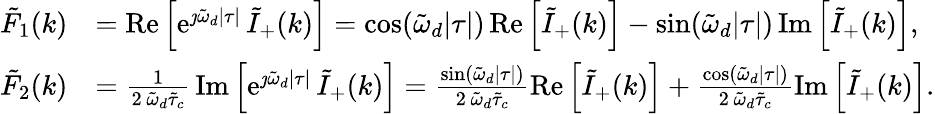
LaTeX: \begin{array}{rl}{\tilde{F}_{1}(k)}&{=\mathrm{Re}\left[\mathrm{e}^{\jmath\tilde{\omega}_{d}\lvert\tau\rvert}\, \tilde{I}_{+}(k)\right]=\cos(\tilde{\omega}_{d}\lvert\tau\rvert)\, \mathrm{Re}\left[\tilde{I}_{+}(k)\right]-\sin(\tilde{\omega}_{d}\lvert\tau\rvert)\, \mathrm{Im}\left[\tilde{I}_{+}(k)\right],}\\ {\tilde{F}_{2}(k)}&{=\frac{1}{2\, \tilde{\omega}_{d}\tilde{\tau}_{c}}\, \mathrm{Im}\left[\mathrm{e}^{\jmath\tilde{\omega}_{d}\lvert\tau\rvert}\, \tilde{I}_{+}(k)\right]=\frac{\sin(\tilde{\omega}_{d}\lvert\tau\rvert)}{2\, \tilde{\omega}_{d}\tilde{\tau}_{c}}\mathrm{Re}\left[\tilde{I}_{+}(k)\right]+\frac{\cos(\tilde{\omega}_{d}\lvert\tau\rvert)}{2\, \tilde{\omega}_{d}\tilde{\tau}_{c}}\mathrm{Im}\left[\tilde{I}_{+}(k)\right].}\end{array}